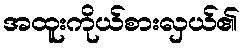
အထူးကိုယ်စားလှယ်၏